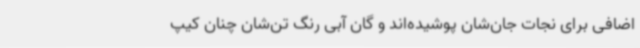
اضافی برای نجات جان‌شان پوشیده‌اند و گان آبی رنگ تن‌شان چنان کیپ